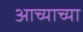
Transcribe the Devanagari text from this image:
आच्याच्या